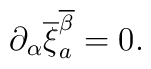
\partial_{\alpha}\overline{\xi}^{\overline{\beta}}_a = 0  .